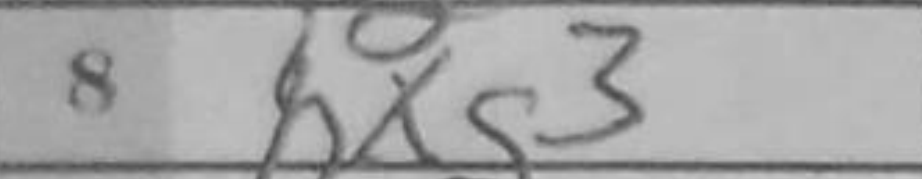
Transcription: hxg3